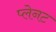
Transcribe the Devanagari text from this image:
प्लेनट